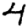
Digit: 4